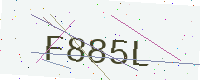
Text: F885L